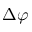
\Delta \varphi